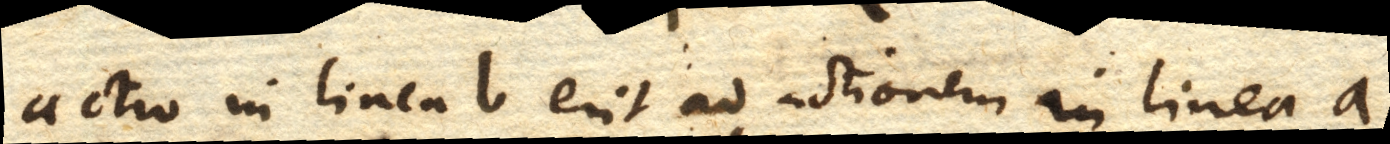
actio in linea b erit ad actionem in linea a